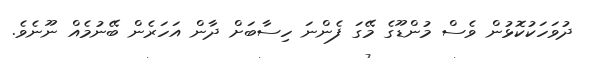
ދުވަހަކުކޮޅުން ވެސް މުންޑޫގެ މޭގަ ފެންނަ ހިސާބަށް ދާން އަހަރެން ބޭނުމެއް ނޫނެވެ.